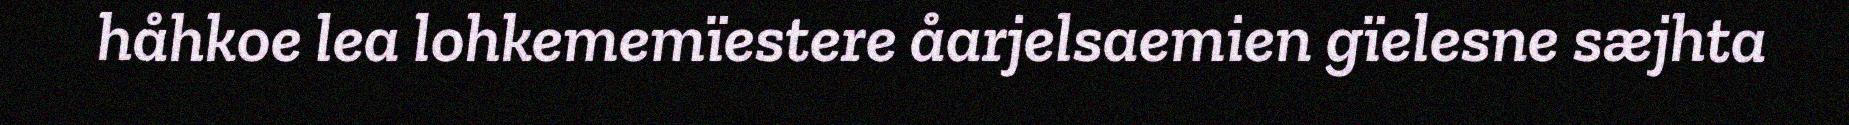
håhkoe lea lohkememïestere åarjelsaemien gïelesne sæjhta